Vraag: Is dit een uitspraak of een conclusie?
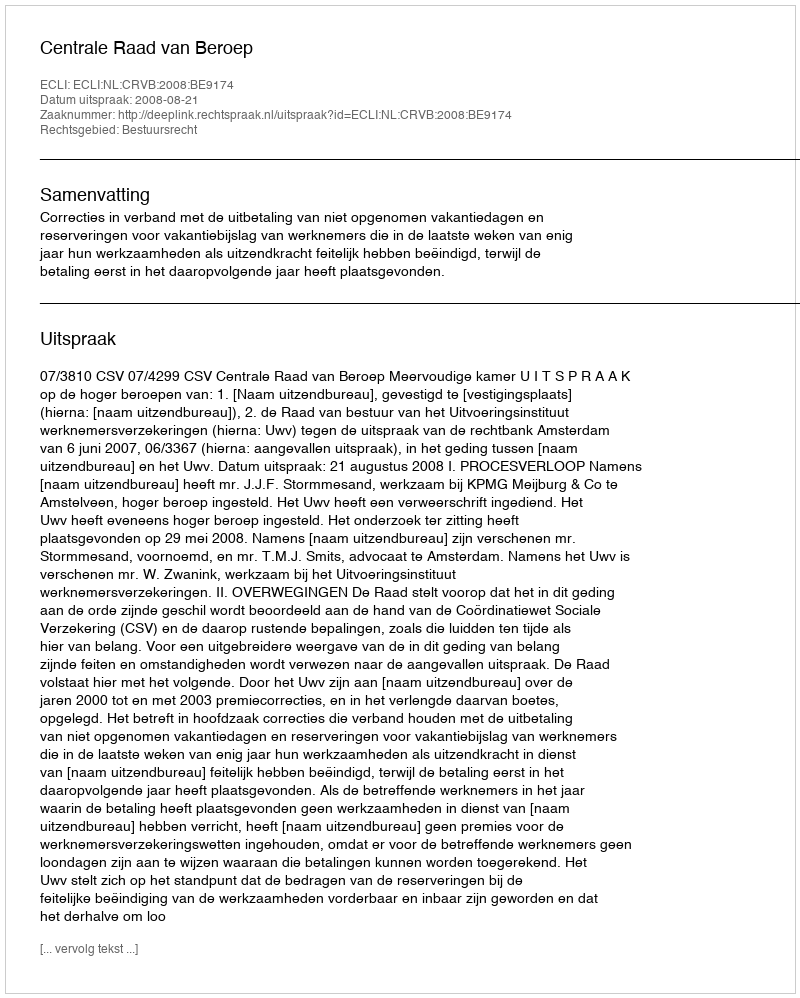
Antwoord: Uitspraak